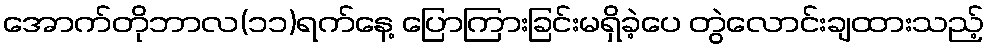
အောက်တိုဘာလ(၁၁)ရက်နေ့ ပြောကြားခြင်းမရှိခဲ့ပေ တွဲလောင်းချထားသည့်